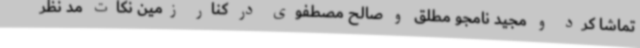
تماشا کرد و مجید نامجو مطلق و صالح مصطفوی در کنار زمین نکات مد نظر